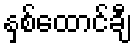
နှစ်ထောင်ချီ